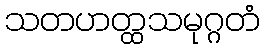
သတဟတ္ထသမုဂ္ဂတံ